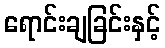
ရောင်းချခြင်းနှင့်